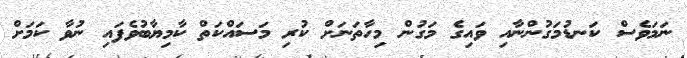
ނަމަވެސް ކަނޑުމަގުންނާއި ވައިގެ މަގުން މިހާތަނަށް ކުރި މަސައްކަތް ކާމިޔާބުވެފައި ނުވާ ކަމަށް